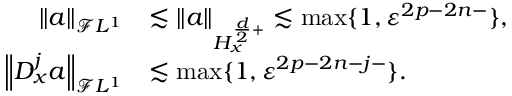
\begin{array} { r l } { \left\| a \right\| _ { \mathcal { F } L ^ { 1 } } } & { \lesssim \left\| a \right\| _ { H _ { x } ^ { \frac { d } { 2 } + } } \lesssim \operatorname* { m a x } \{ 1 , \varepsilon ^ { 2 p - 2 n - } \} , } \\ { \left\| D _ { x } ^ { j } a \right\| _ { \mathcal { F } L ^ { 1 } } } & { \lesssim \operatorname* { m a x } \{ 1 , \varepsilon ^ { 2 p - 2 n - j - } \} . } \end{array}